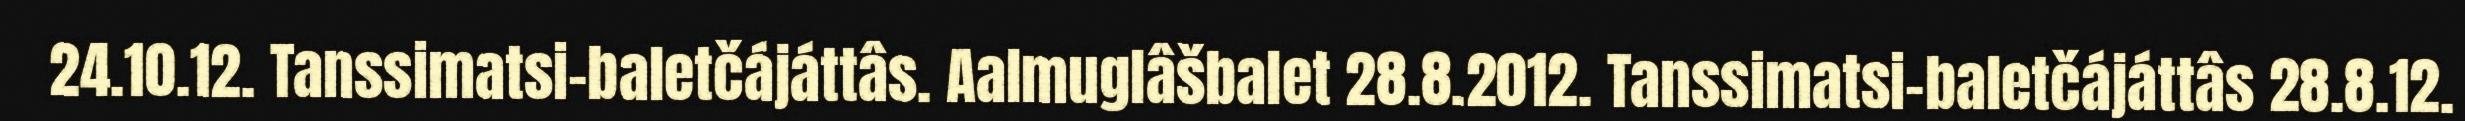
24.10.12. Tanssimatsi-baletčájáttâs. Aalmuglâšbalet 28.8.2012. Tanssimatsi-baletčájáttâs 28.8.12.